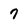
Character: 7